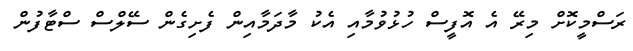
ރަސްމީކޮށް މިރޭ އެ އޮފީސް ހުޅުވުމާއި އެކު މާދަމާއިން ފެށިގެން ސޭލްސް ސްޓާފުން